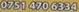
0751 470 6334